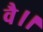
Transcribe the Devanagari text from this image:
वै।।